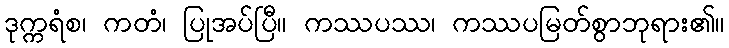
ဒုက္ကရံစ၊ ကတံ၊ ပြုအပ်ပြီ။ ကဿပဿ၊ ကဿပမြတ်စွာဘုရား၏။